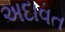
અદાવત